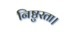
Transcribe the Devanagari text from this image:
निष्ठुरता।